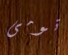
تومى